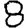
Digit: 8